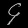
Digit: ၄